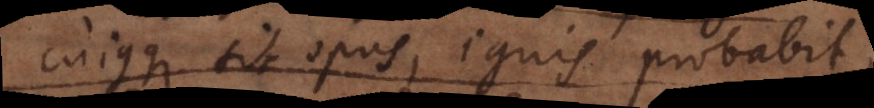
cujusque sit opus, ignis probabit,